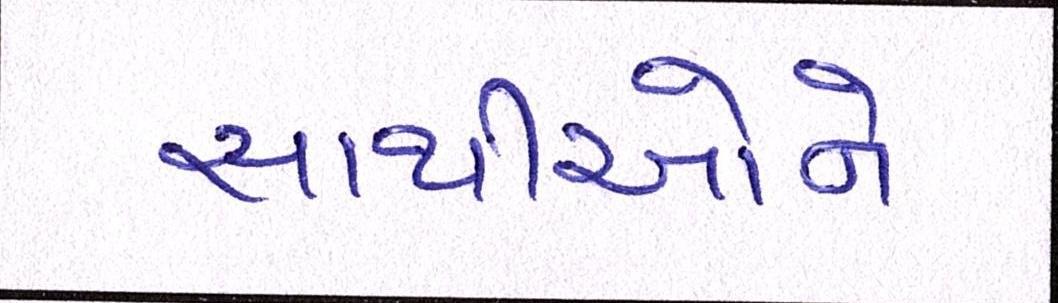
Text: સાથીઓને